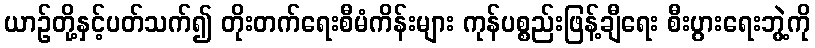
ယာဉ်တို့နှင့်ပတ်သက်၍ တိုးတက်ရေးစီမံကိန်းများ ကုန်ပစ္စည်းဖြန့်ချီရေး စီးပွားရေးဘွဲ့ကို